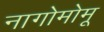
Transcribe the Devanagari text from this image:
नागोमोमू